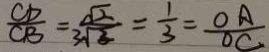
\frac { C D } { C B } = \frac { \sqrt { 2 } } { 3 \sqrt { 3 } } = \frac { 1 } { 3 } = \frac { O A } { O C }